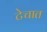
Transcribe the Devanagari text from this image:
टेचात